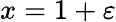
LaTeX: x=1+\varepsilon